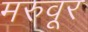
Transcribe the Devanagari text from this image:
मरुवूर